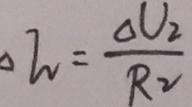
\Delta w = \frac { \Delta V _ { 2 } } { R _ { 2 } }